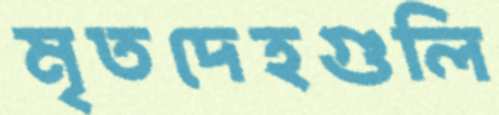
মৃতদেহগুলি